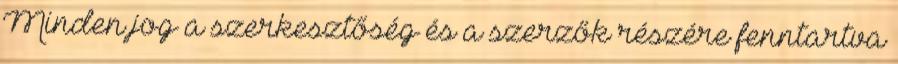
Minden jog a szerkesztőség és a szerzők részére fenntartva